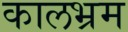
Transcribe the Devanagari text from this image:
कालभ्रम